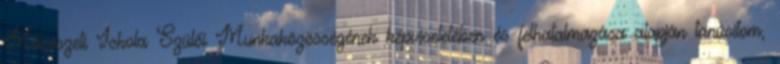
Művészeti Iskola Szülői Munkaközösségének képviseletében és felhatalmazása alapján tanúsítom,